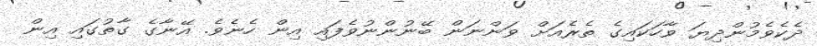
ދެކެވެމުންދިޔަ ވާހަކައިގެ ތެރެއަށް ވަންނަން ބޭނުންނުވެފައި އިން ހެނެވެ. އޭނާގެ ގާތުގައި އިން